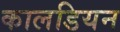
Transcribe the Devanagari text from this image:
कालडियन